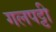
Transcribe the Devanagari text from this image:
गलपट्टी